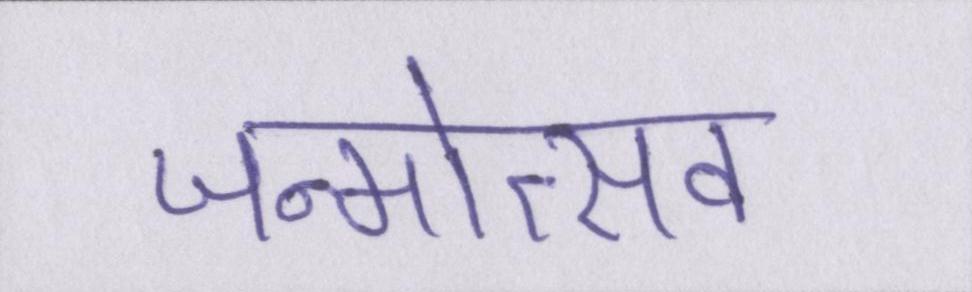
जन्मोत्सव